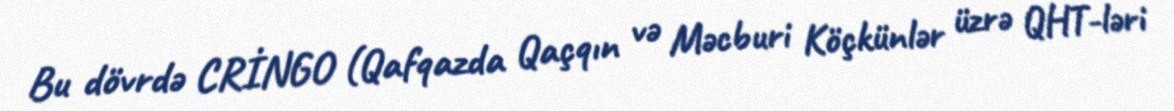
Bu dövrdə CRİNGO (Qafqazda Qaçqın və Məcburi Köçkünlər üzrə QHT-ləri